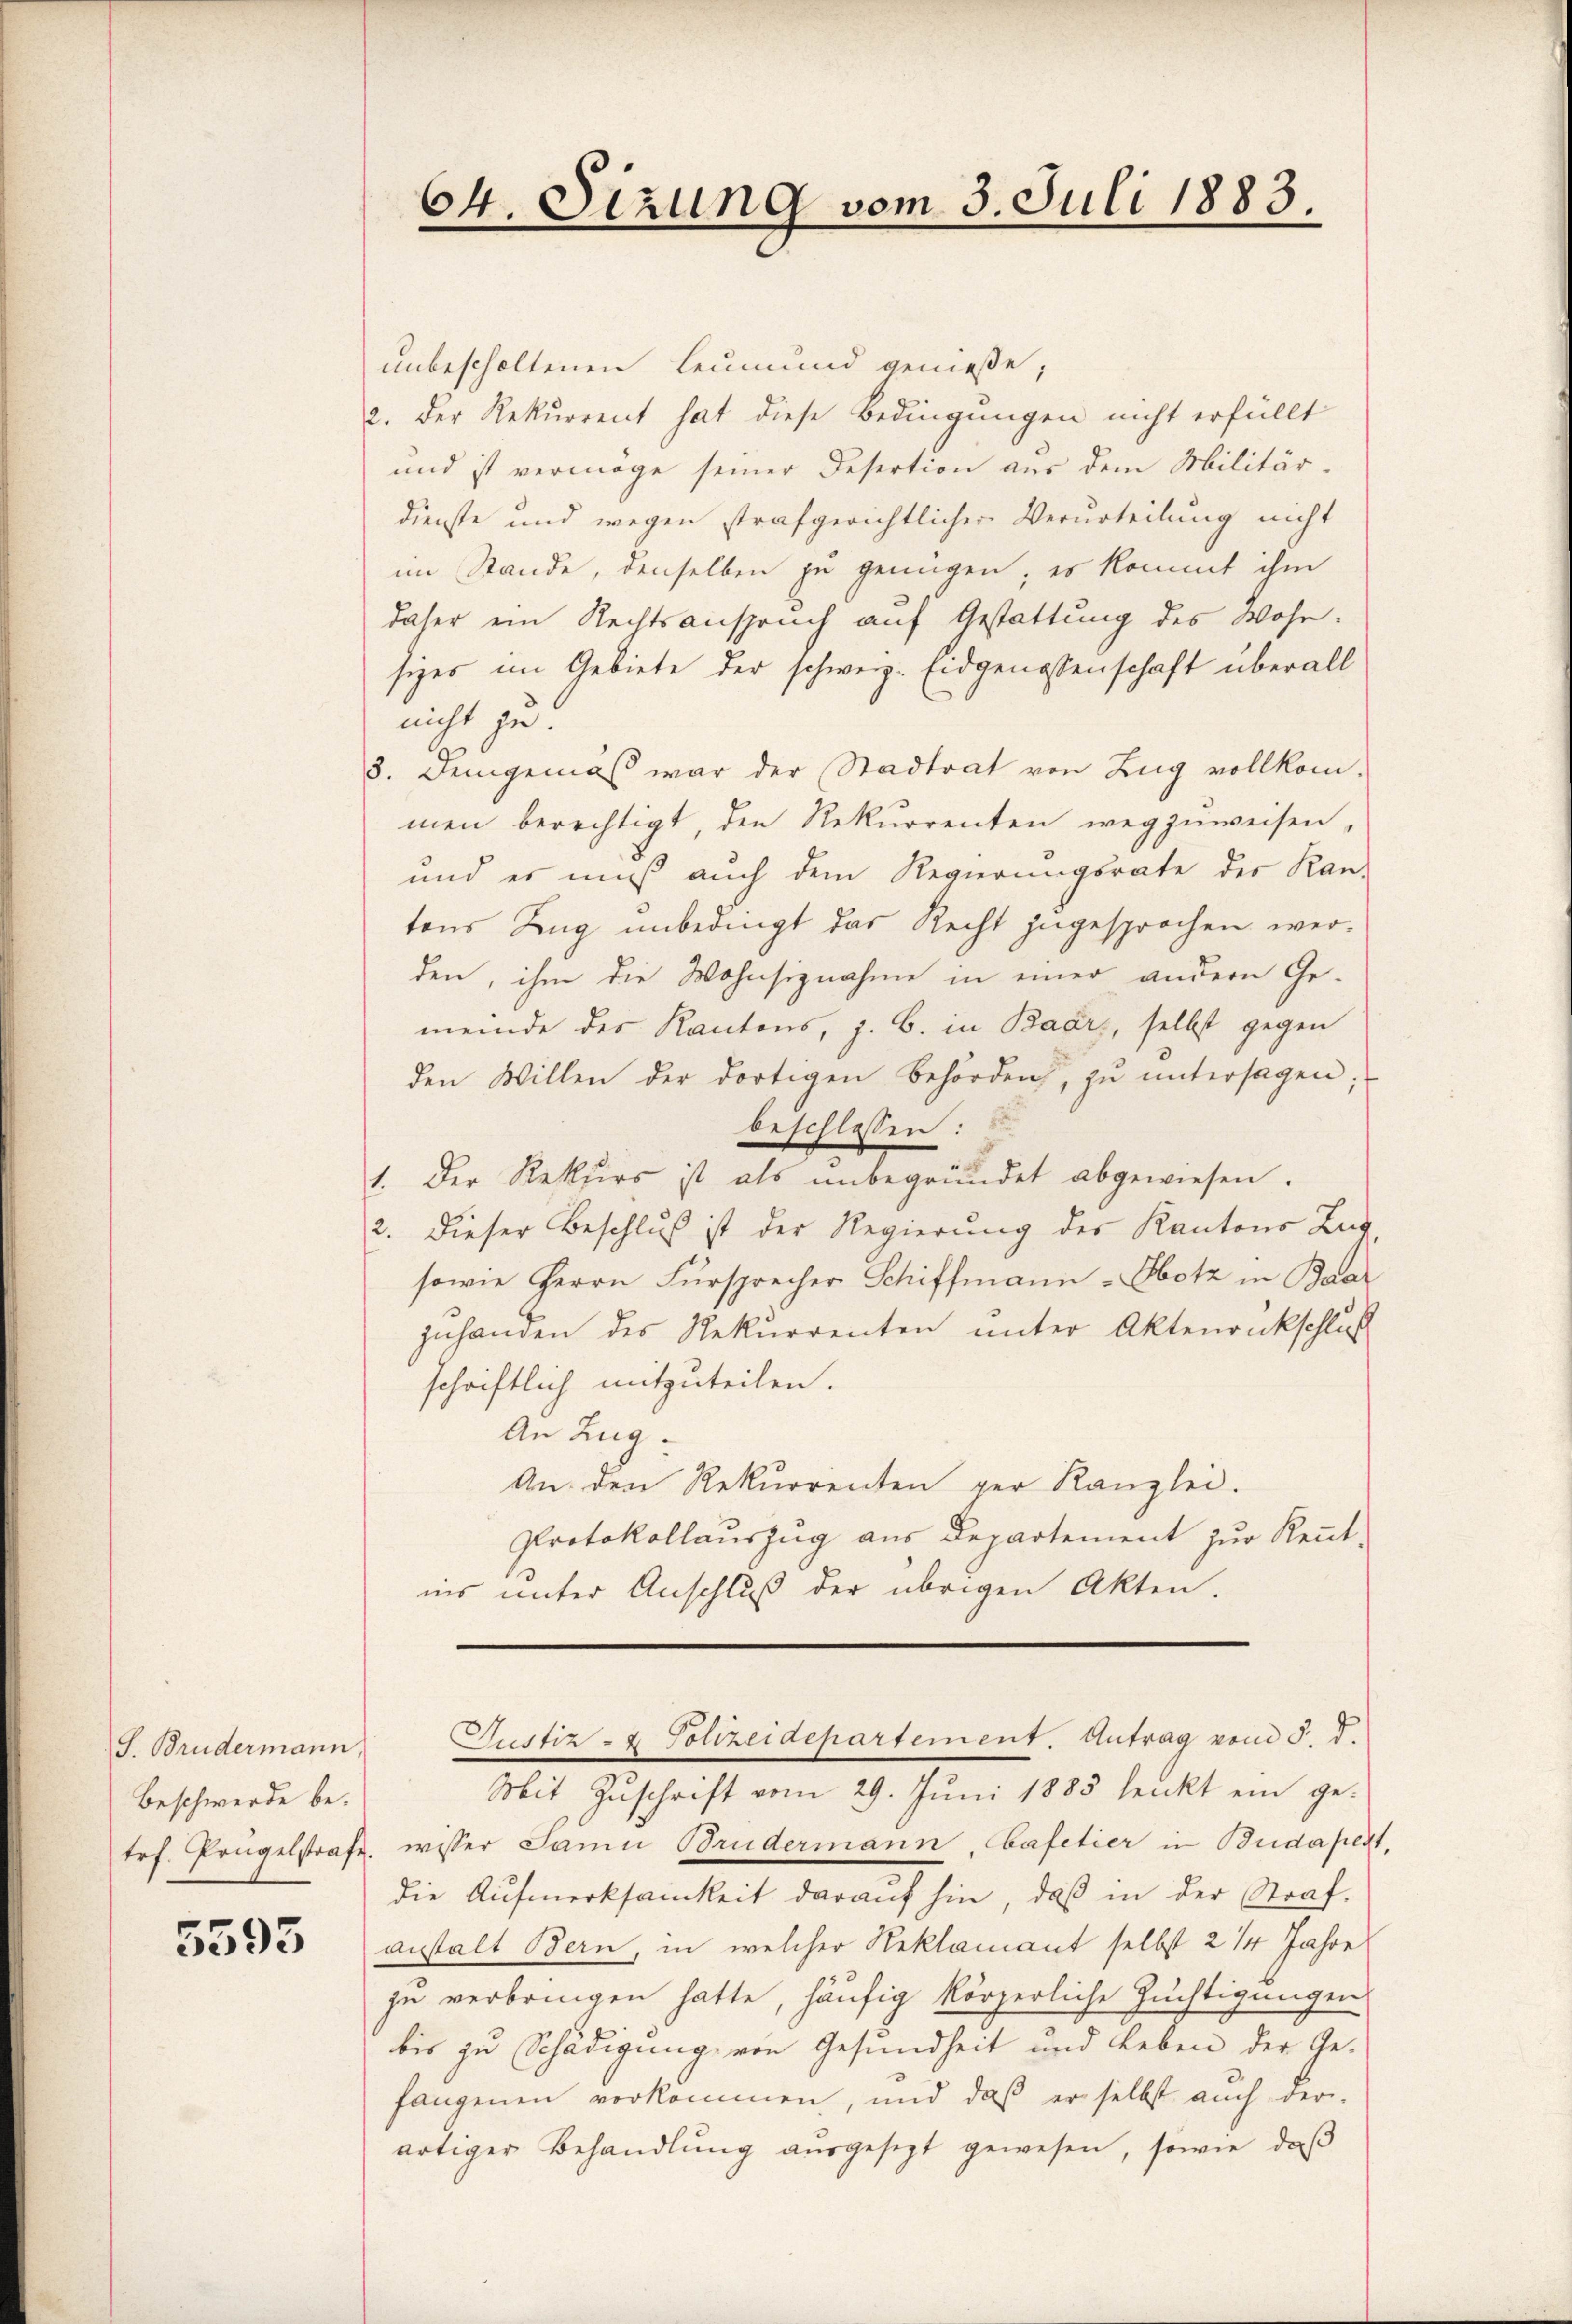
J. Brudermann
Beschwerde be¬

5593

unbescholtenen Leumund genieße;
2. Der Rekurrent hat diese Bedingungen nicht erfüllt
und ist vermöge seiner Desertion aus dem Militär-
dienste und wegen strafgerichtlicher Verurteilung nicht
im Stande, denselben zu genügen; es kommt ihm
daher ein Rechtsanspruch auf Gestattung des Wohnsizes im Gebiete der schweiz. Eidgenossenschaft überall
nicht zu
3. Demgemäß war der Stadtrat von Zug vollkommen berechtigt, den Rekurrenten wegzŭweisen,
und es muß auch dem Regierungsrate des Kan-
tons Ling unbedingt das Recht zugesprochen werden, ihm die Wohnsiznahme in einer andern Ge-
meinde des Kantons, z. B. in Baars, selbst gegen
den Willen der dortigen Behörden, zŭ ŭntersagen;
beschlossen:
1. Der Rekurs ist als ŭnbegründet abgewiesen.
2. Dieser Beschluß ist der Regierung des Kantons Zug,
sowie Herrn Fürsprecher Schiffmann - Obotz in Baar
zuhanden des Rekurrenten unter Aktenrückschluß
schriftlich mitzuteilen.
An Zug.
An den Rekurrenten ger Kanzlei.
Protokollauszug aus Departement zur Kenntins unter Anschluß der übrigen Akten.

Mit Zŭschrift vom 29. Jŭni 1885 lenkt ein ge-
trf. Prügelstrafe wisser Janin Brudermann, Cafetier in Budapest,
die Aufmerksamkeit darauf hin, daß in der Straf.
anstalt Bern, in welcher Reklamant selbst 2 ¼ Jahre
zu verbringen hatte, häufig körperliche Züchtigungen
bis zu Schädigung von Gesundheit und Leben der Ge-
fangenen vorkommen, und daß er selbst auch der-
artiger Behandlŭng aŭsgesezt gewesen, sowie daβ

64. Sizung vom 3. Juli 1883.

Justiz- & Polizeidepartement. Antrag vom 5. d.